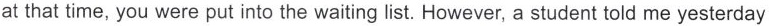
at that time, you were put into the waiting list. However, a student told me yesterday